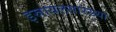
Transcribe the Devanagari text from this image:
इस्रायलसारख्या